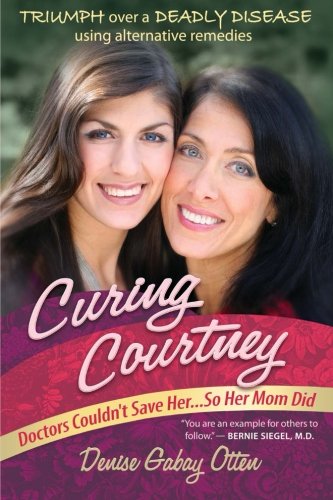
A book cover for Curing Courtney: Doctors Couldn't Save Her...So Her Mom Did; Denise Gabay Otten; Health, Fitness & Dieting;